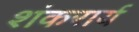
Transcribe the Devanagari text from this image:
शंकरार्य